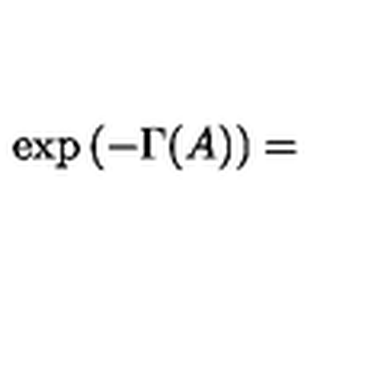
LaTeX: \exp \left( - \Gamma ( A ) \right) =